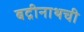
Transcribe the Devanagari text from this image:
बद्रीनाथची